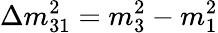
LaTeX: \Delta m_{31}^{2}=m_{3}^{2}-m_{1}^{2}